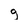
Character: g